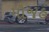
મૌજહ